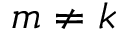
m \ne k